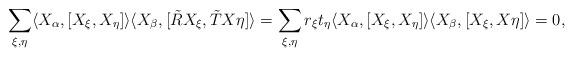
LaTeX: \begin{align*} \sum_{\xi,\eta} \langle X_\alpha ,[X_\xi,X_\eta]\rangle\langle X_\beta,[\tilde RX_\xi,\tilde TX\eta]\rangle= \sum_{\xi,\eta} r_\xi t_\eta \langle X_\alpha ,[X_\xi,X_\eta]\rangle\langle X_\beta,[X_\xi,X\eta]\rangle=0,\end{align*}